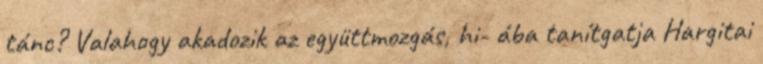
tánc? Valahogy akadozik az együttmozgás, hi- ába tanítgatja Hargitai